Report on the working of the Ranchi Indian Mental Hospital, Kanke, in Bihar and Orissa - 1930-1940
Year: 1930
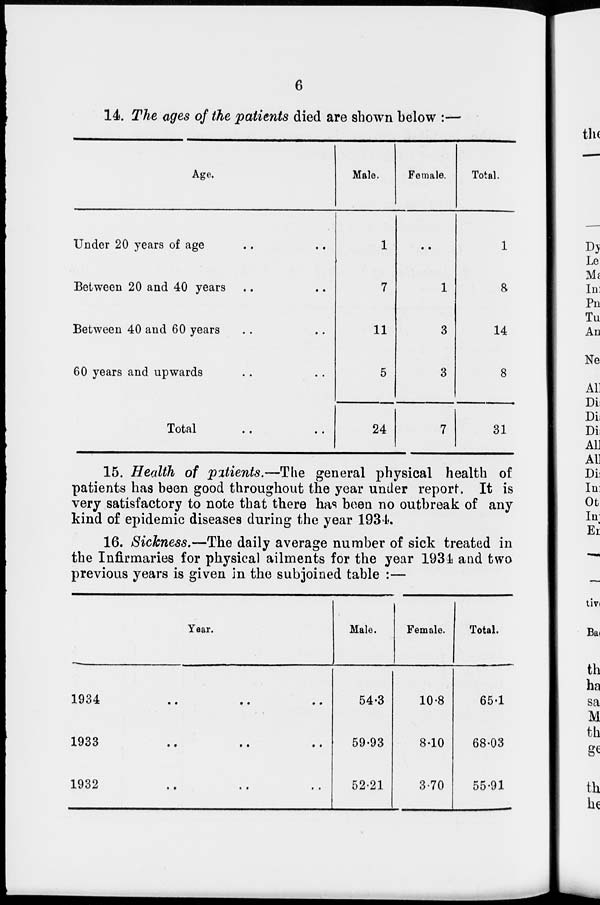
6
14. The ages of the patients died are shown below :—
Age.
Under 20 years of age .. ..
Between 20 and 40 years .. ..
Between 40 and 60 years .. ..
60 years and upwards .. ..
Total .. ..
Male.
1
7
11
5
24
Female.
..
1
3
3
7
Total.
1
8
14
8
31
15. Health of patients.—The general physical health of
patients has been good throughout the year under report. It is
very satisfactory to note that there has been no outbreak of any
kind of epidemic diseases during the year 1934.
16. Sickness.—The daily average number of sick treated in
the Infirmaries for physical ailments for the year 1934 and two
previous years is given in the subjoined table :—
Year.
1934 .. .. ..
1933
..
..
..
1932
..
..
..
Male.
54.3
59.93
52.21
Female.
10.8
8.10
3.70
Total.
65.1
68.03
55.91